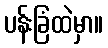
ပန်းခြံထဲမှာ။